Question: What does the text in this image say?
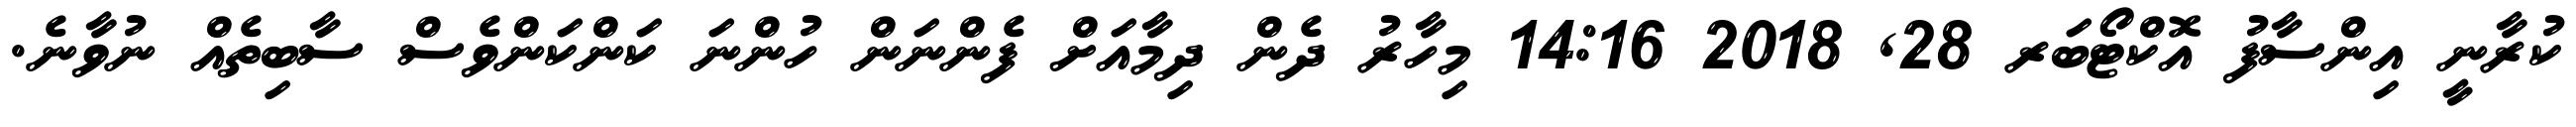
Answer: ކުރާނީ އިންސާފު އޮކްޓޯބަރ 28, 2018 14:16 މިހާރު ދެން ދިމާއަށް ފެންނަން ހުންނަ ކަންކަންވެސް ސާބިތެއް ނުވާނެ.